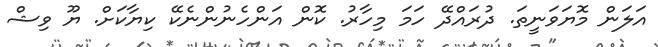
އަލަން މޮޔަވަނީތަ. ދުރައްދޭ ހަމަ މިހާރު. ކޮން އަންހެނުންނެކޭ ކިޔާކަށް. ޔޫ ވިޝް